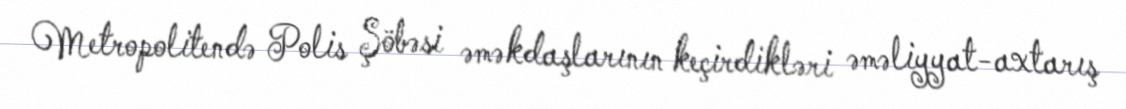
Metropolitendə Polis Şöbəsi əməkdaşlarının keçirdikləri əməliyyat-axtarış